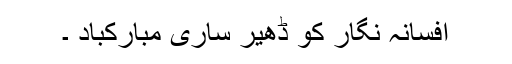
افسانہ نگار کو ڈھیر ساری مبارکباد ۔